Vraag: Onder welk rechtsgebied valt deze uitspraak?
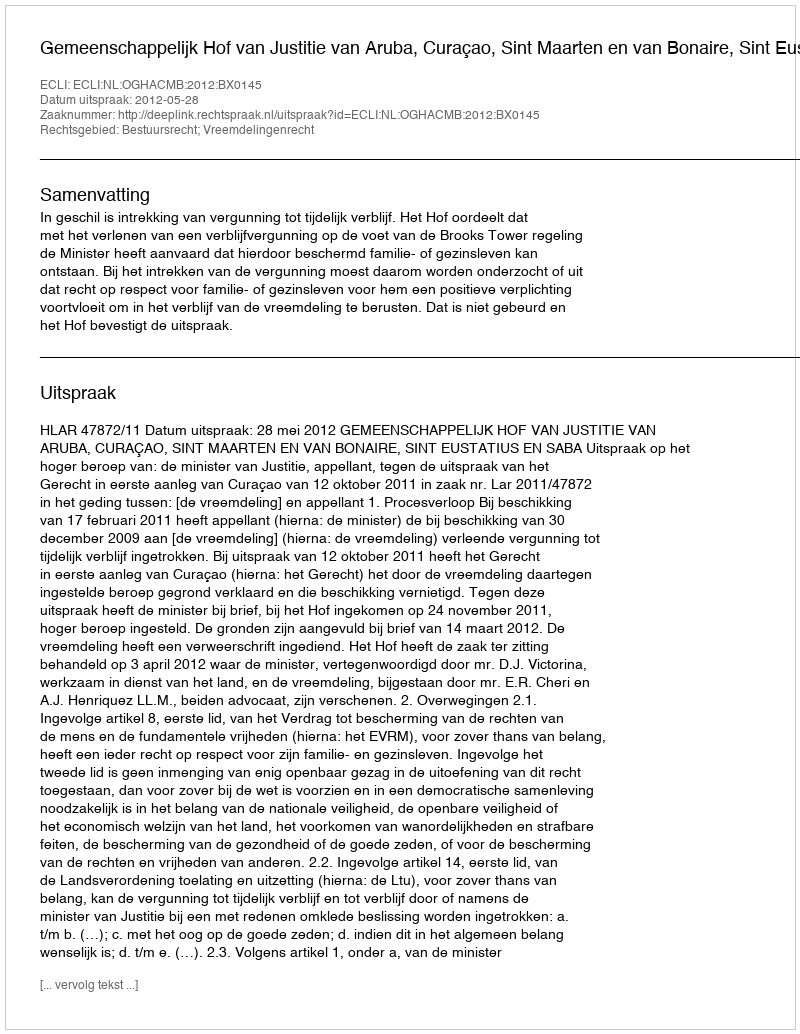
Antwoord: Bestuursrecht; Vreemdelingenrecht